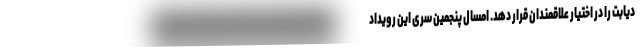
دیابت را در اختیار علاقمندان قرار دهد. امسال پنجمین سری این رویداد